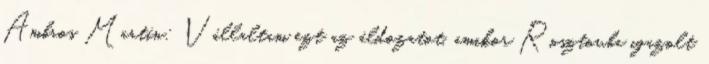
Ambros Martín: Vállaltam ezt az áldozatot, amikor Rosztovba igazolt